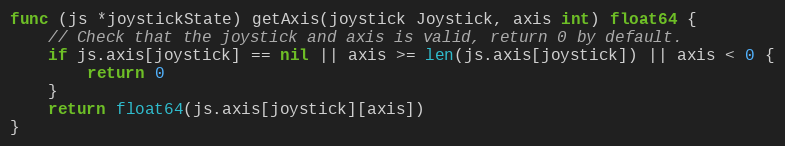
Language: Go
func (js *joystickState) getAxis(joystick Joystick, axis int) float64 {
	// Check that the joystick and axis is valid, return 0 by default.
	if js.axis[joystick] == nil || axis >= len(js.axis[joystick]) || axis < 0 {
		return 0
	}
	return float64(js.axis[joystick][axis])
}